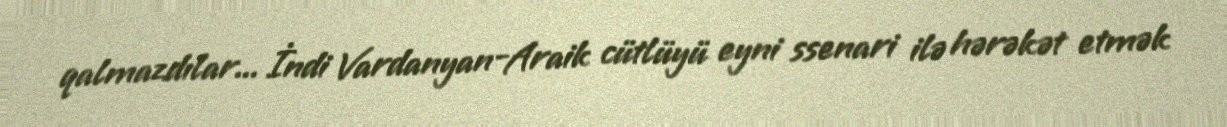
qalmazdılar... İndi Vardanyan-Araik cütlüyü eyni ssenari ilə hərəkət etmək